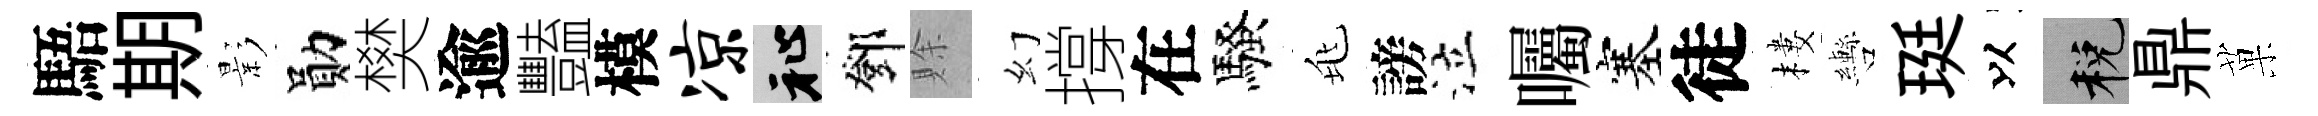
䮏期影勛樊逾豔模凉祉鄧賖幻撐在騷兆謗泣囑塞徒樓轡珽以税鼎菓